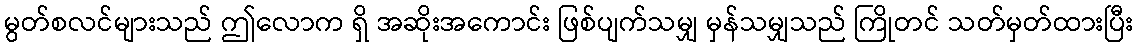
မွတ်စလင်များသည် ဤလောက ရှိ အဆိုးအကောင်း ဖြစ်ပျက်သမျှ မှန်သမျှသည် ကြိုတင် သတ်မှတ်ထားပြီး